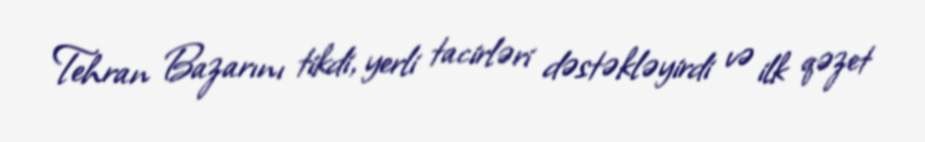
Tehran Bazarını tikdi, yerli tacirləri dəstəkləyirdi və ilk qəzet